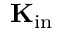
\mathbf { K } _ { \mathrm { i n } }